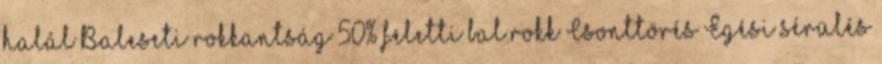
halál Baleseti rokkantság 50% feletti bal.rokk Csonttörés Égési sérülés